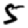
Digit: 5